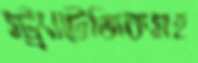
স্ট্র্যাটেজিকসহ